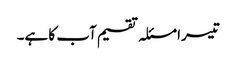
تیسرا مسئلہ تقسیم آب کا ہے۔